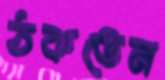
ঠকতেন